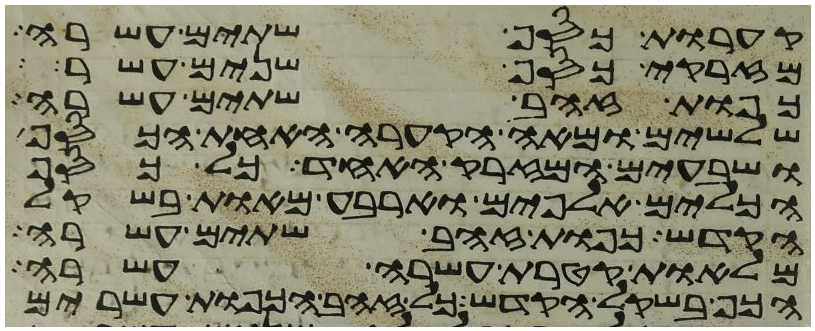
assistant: קערות כסף שתים עשרה
מזרקי כסף שנים עשר
כפות זהב שתים עשרה
שלשים ומאה הקערה האחת הכסף
ושבעים המזרק האחד כל כסף
הכלים אלפים וארבע מאות בשקל
הקדש כפות זהב שתים עשרה
מלאות קטרת עשרה עשרה
הכף בשקל הקדש כל זהב הכפות עשרים